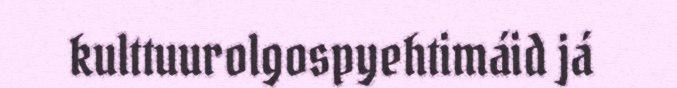
kulttuurolgospyehtimáid já